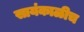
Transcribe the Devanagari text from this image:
सायंकाळीच